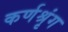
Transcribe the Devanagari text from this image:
कर्णश्रृंग